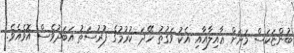
ބުންޏަކަސް މަށަށް ޢާއިލާއާއި އެކު ވަގުތު ހޭދަ ކުރުމުގެ ފުރުސަތު އަބަދުވެސް އޮވެއެވެ.